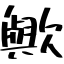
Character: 歟